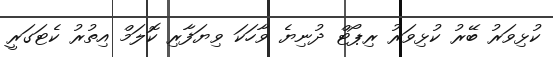
ކުޅިވަރު ބޭރު ކުޅިވަރު ރިޕޯޓް ދުނިޔެ ވާހަކަ ވިޔަފާރި ކޮލަމް އިތުރު ކެޓަގަރީ